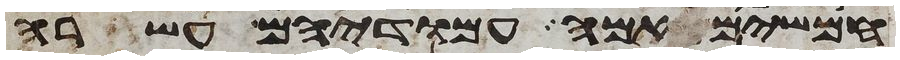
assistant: חמשים אמה עמודיהם עשרה